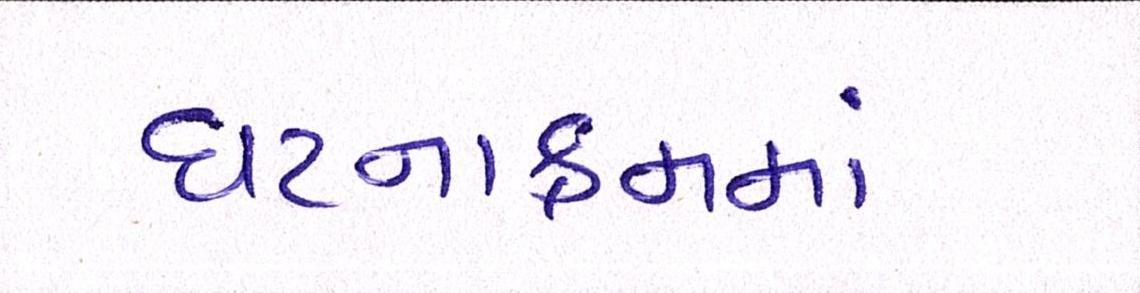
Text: ઘટનાક્રમમાં